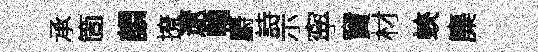
承箇顔撩遼輸麝詩示寜竇材蛺麋